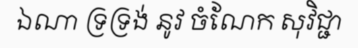
ឯណា ទ្រទ្រង់ នូវ ចំណែក សុវិជ្ជា